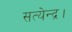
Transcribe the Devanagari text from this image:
सत्येन्द्र।